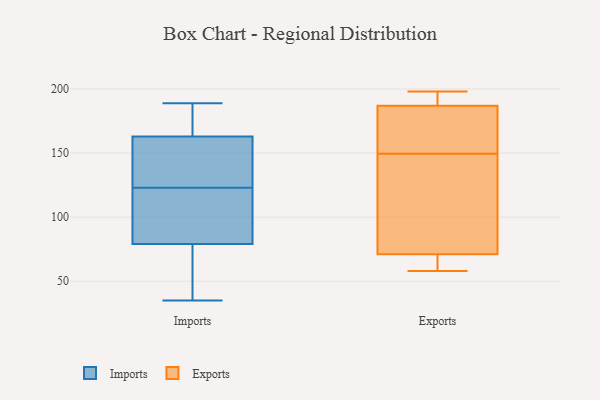
{"axis": {"x": "Tickets Resolved", "y": "Value"}, "legend": ["Exports", "Imports"], "data": [{"x": "", "y": 48, "type": "Imports"}, {"x": "", "y": 79, "type": "Imports"}, {"x": "", "y": 170, "type": "Imports"}, {"x": "", "y": 163, "type": "Imports"}, {"x": "", "y": 150, "type": "Imports"}, {"x": "", "y": 125, "type": "Imports"}, {"x": "", "y": 80, "type": "Imports"}, {"x": "", "y": 121, "type": "Imports"}, {"x": "", "y": 189, "type": "Imports"}, {"x": "", "y": 35, "type": "Imports"}, {"x": "", "y": 198, "type": "Exports"}, {"x": "", "y": 71, "type": "Exports"}, {"x": "", "y": 187, "type": "Exports"}, {"x": "", "y": 106, "type": "Exports"}, {"x": "", "y": 185, "type": "Exports"}, {"x": "", "y": 191, "type": "Exports"}, {"x": "", "y": 66, "type": "Exports"}, {"x": "", "y": 173, "type": "Exports"}, {"x": "", "y": 58, "type": "Exports"}, {"x": "", "y": 136, "type": "Exports"}, {"x": "", "y": 100, "type": "Exports"}, {"x": "", "y": 67, "type": "Exports"}, {"x": "", "y": 163, "type": "Exports"}, {"x": "", "y": 190, "type": "Exports"}]}